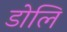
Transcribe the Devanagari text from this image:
डोलि